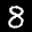
Label: 8